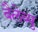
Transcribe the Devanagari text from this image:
बैलेव्यु